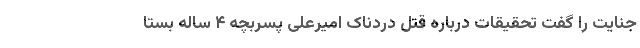
جنایت را گفت تحقیقات درباره قتل دردناک امیرعلی پسربچه ۴ ساله بستا